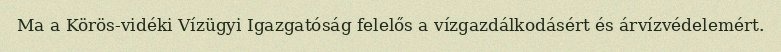
Ma a Körös-vidéki Vízügyi Igazgatóság felelős a vízgazdálkodásért és árvízvédelemért.